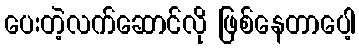
ပေးတဲ့လက်ဆောင်လို ဖြစ်နေတာပေါ့